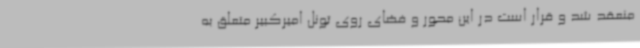
منعقد شد و قرار است در این محور و فضای روی تونل امیرکبیر متعلق به